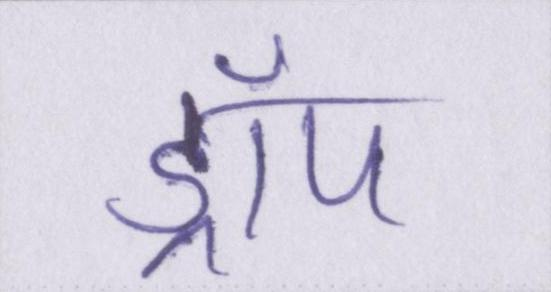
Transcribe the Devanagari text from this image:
ड्रॉप